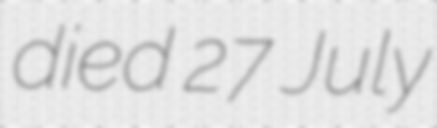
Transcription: died 27 July